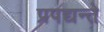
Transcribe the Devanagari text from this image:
प्रपद्यन्ते